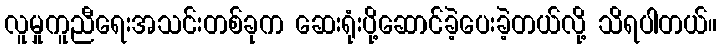
လူမှုကူညီရေးအသင်းတစ်ခုက ဆေးရုံးပို့ဆောင်ခဲ့ပေးခဲ့တယ်လို့ သိရပါတယ်။